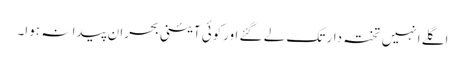
اگلے انہیں تختہ دار تک لے گئے اورکوئی آئینی بحران پیدا نہ ہوا۔